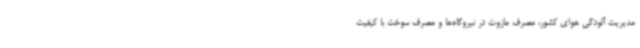
مدیریت آلودگی هوای کشور، مصرف مازوت در نیروگاه‌ها و مصرف سوخت با کیفیت